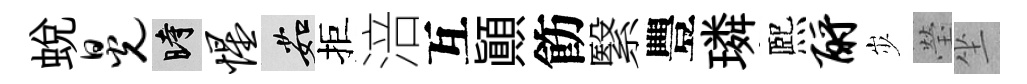
蛻晃时惺茹拒涪互顚飭繄豐璘熈酹𡵯瑩坐